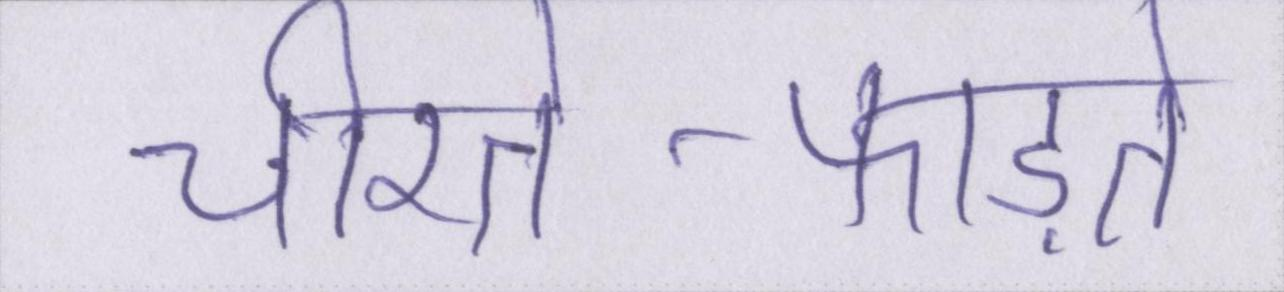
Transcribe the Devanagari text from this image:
चीरते-फाड़ते